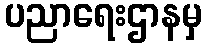
ပညာရေးဌာနမှ